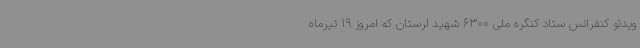
ویدئو کنفرانس ستاد کنگره ملی 6300 شهید لرستان که امروز 19 تیرماه